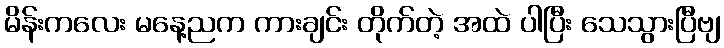
မိန်းကလေး မနေ့ညက ကားချင်း တိုက်တဲ့ အထဲ ပါပြီး သေသွားပြီဗျ